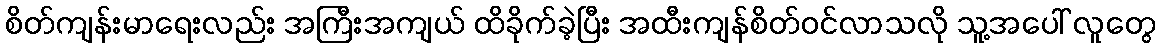
စိတ်ကျန်းမာရေးလည်း အကြီးအကျယ် ထိခိုက်ခဲ့ပြီး အထီးကျန်စိတ်ဝင်လာသလို သူ့အပေါ် လူတွေ